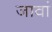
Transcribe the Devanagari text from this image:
जावां